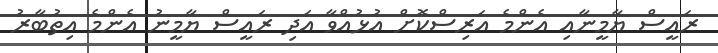
ރައީސް ޔާމީނާއި އެންމެ އަރިސްކޮށް އުޅުއްވާ އަދި ރައީސް ޔާމީނު އެންމެ އިތުބާރު